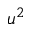
u ^ { 2 }